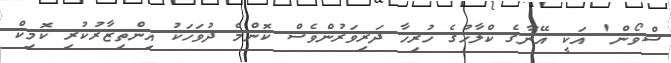
ސްވޯން' އަކީ އޭނާގެ ކްލާހުގެ ހުރިހާ ދަރިވަރުންވެސް ކޮންމެ ދުވަހަކު އިންތިޒާރުކުރި ކޮމިކް